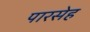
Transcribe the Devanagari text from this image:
पारसेह